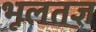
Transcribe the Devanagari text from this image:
भूलतज्ञ